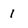
Character: 1